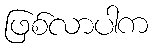
ဖြစ်လာပါက